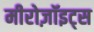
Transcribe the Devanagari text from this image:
मीरोज़ॉइट्स